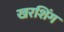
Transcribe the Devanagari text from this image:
खरशिंग